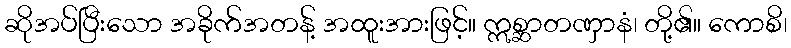
ဆိုအပ်ပြီးသော အခိုက်အတန့် အထူးအားဖြင့်။ ဣစ္ဆာတဏှာနံ၊ တို့၏။ ကောစိ၊